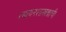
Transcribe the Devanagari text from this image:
रसायनशास्त्रज्ञाची